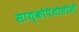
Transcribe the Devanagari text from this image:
साय्कोपैथौलौजी